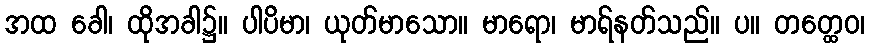
အထ ခေါ၊ ထိုအခါ၌။ ပါပိမာ၊ ယုတ်မာသော။ မာရော၊ မာရ်နတ်သည်။ ပ။ တတ္ထေဝ၊